Indian journal of veterinary science and animal husbandry - Volume 4,
Year: 1934
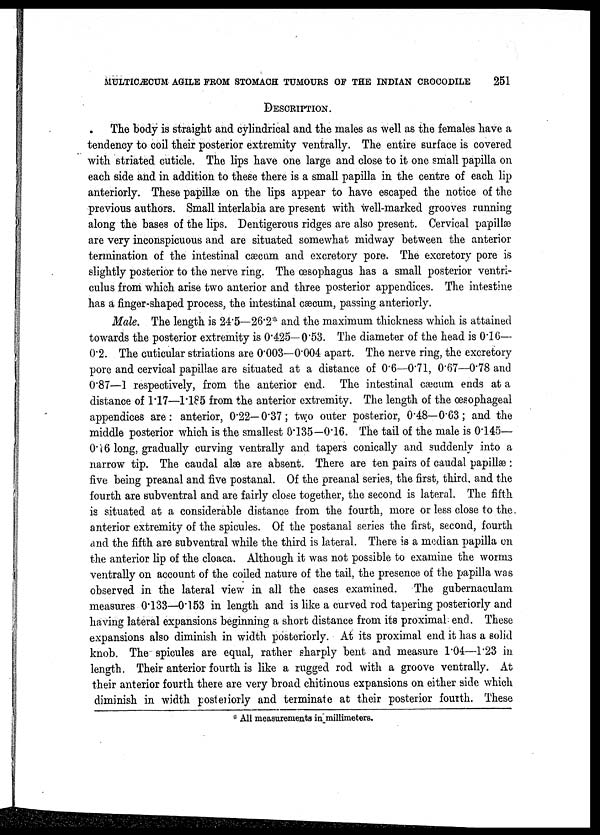
MULTICÆCUM AGILE FROM STOMACH TUMOURS OF THE INDIAN CROCODILE
251
DESCRIPTION.
The body is straight and cylindrical and the males as well as the females have a
tendency to coil their posterior extremity ventrally. The entire surface is covered
with striated cuticle. The lips have one large and close to it one small papilla on
each side and in addition to these there is a small papilla in the centre of each lip
anteriorly. These papillæ on the lips appear to have escaped the notice of the
previous authors. Small interlabia are present with well-marked grooves running
along the bases of the lips. Dentigerous ridges are also present. Cervical papillæ
are very inconspicuous and are situated somewhat midway between the anterior
termination of the intestinal cæcum and excretory pore. The excretory pore is
slightly posterior to the nerve ring. The œsophagus has a small posterior ventri-
culus from which arise two anterior and three posterior appendices. The intestine
has a finger-shaped process, the intestinal cæcum, passing anteriorly.
Male. The length is 24.5—26.2* and the maximum thickness which is attained
towards the posterior extremity is 0.425— 0.53. The diameter of the head is 0.16—
0.2. The cuticular striations are 0.003—0.004 apart. The nerve ring, the excretory
pore and cervical papillae are situated at a distance of 0.6—0.71, 0.67—0.78 and
0.87—1 respectively, from the anterior end. The intestinal cæcum ends at a
distance of 1.17—1.185 from the anterior extremity. The length of the œsophageal
appendices are: anterior, 0.22—0.37; two outer posterior, 0.48—0.63; and the
middle posterior which is the smallest 0.135—0.16. The tail of the male is 0.145—
0.16 long, gradually curving ventrally and tapers conically and suddenly into a
narrow tip. The caudal alæ are absent. There are ten pairs of caudal papillæ :
five being preanal and five postanal. Of the preanal series, the first, third, and the
fourth are subventral and are fairly close together, the second is lateral. The fifth
is situated at a considerable distance from the fourth, more or less close to the
anterior extremity of the spicules. Of the postanal series the first, second, fourth
and the fifth are subventral while the third is lateral. There is a median papilla on
the anterior lip of the cloaca. Although it was not possible to examine the worms
ventrally on account of the coiled nature of the tail, the presence of the papilla was
observed in the lateral view in all the cases examined. The gubernaculam
measures 0.133—0.153 in length and is like a curved rod tapering posteriorly and
having lateral expansions beginning a short distance from its proximal end. These
expansions also diminish in width posteriorly. At its proximal end it has a solid
knob. The spicules are equal, rather sharply bent and measure 1.04—1.23 in
length. Their anterior fourth is like a rugged rod with a groove ventrally. At
their anterior fourth there are very broad chitinous expansions on either side which
diminish in width posteriorly and terminate at their posterior fourth. These
* All measurements in_millimeters.